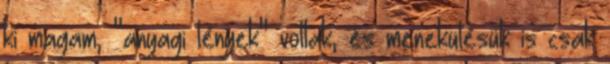
ki magam, "anyagi lények" voltak, és menekülésük is csak